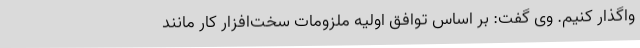
واگذار کنیم. وی گفت: بر اساس توافق اولیه ملزومات سخت‌افزار کار مانند